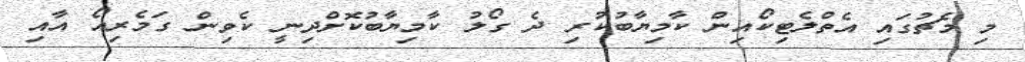
މި މެޗުގައި އެތްލެޓިކޯއިން ކާމިޔާބުކުރި ދެ ގޯލު ކާމިޔާބުކޮށްދިނީ ކެވިން ގަމެރިއޯ އާއި